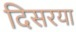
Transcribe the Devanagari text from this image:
दिसरया